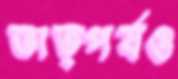
তাত্পর্যও